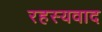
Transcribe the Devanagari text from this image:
रहस्‍यवाद